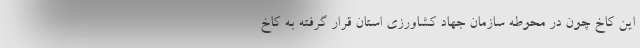
این کاخ چون در محوطه سازمان جهاد کشاورزی استان قرار گرفته به کاخ